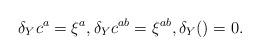
LaTeX: \begin{gather*}\delta_Y c^a=\xi^a ,\delta_Y c^{ab}=\xi^{ab} ,\delta_Y ()=0 .\end{gather*}